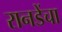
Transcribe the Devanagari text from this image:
रानडेंचा